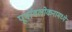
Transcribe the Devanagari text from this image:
पूर्वावलोकनामध्ये